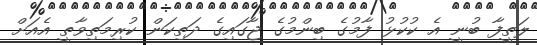
ލަތީފާ ބުނީ އެ ކުކުޅު ފާމުގެ ބިންމުގެ ޖާގައިގެ ދަތިކަން ކުރިމަތިވާތީ އެއަށް